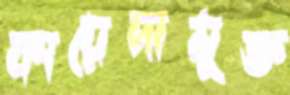
কায়েদামুক্ত